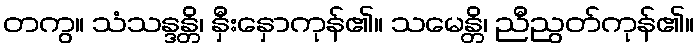
တကွ။ သံသန္ဒန္တိ၊ နှီးနှောကုန်၏။ သမေန္တိ၊ ညီညွတ်ကုန်၏။